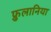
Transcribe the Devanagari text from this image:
फ्रुलानिया